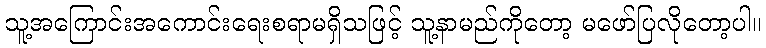
သူ့အကြောင်းအကောင်းရေးစရာမရှိသဖြင့် သူ့နာမည်ကိုတော့ မဖော်ပြလိုတော့ပါ။